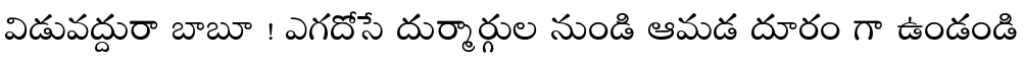
విడువద్దురా బాబూ ! ఎగదోసే దుర్మార్గుల నుండి ఆమడ దూరం గా ఉండండి